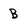
Character: B